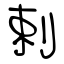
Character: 剌